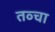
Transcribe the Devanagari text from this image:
तव्चा